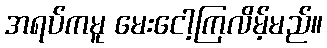
အရပ်ကမူ မေးငေါ့ကြလိမ့်မည်။